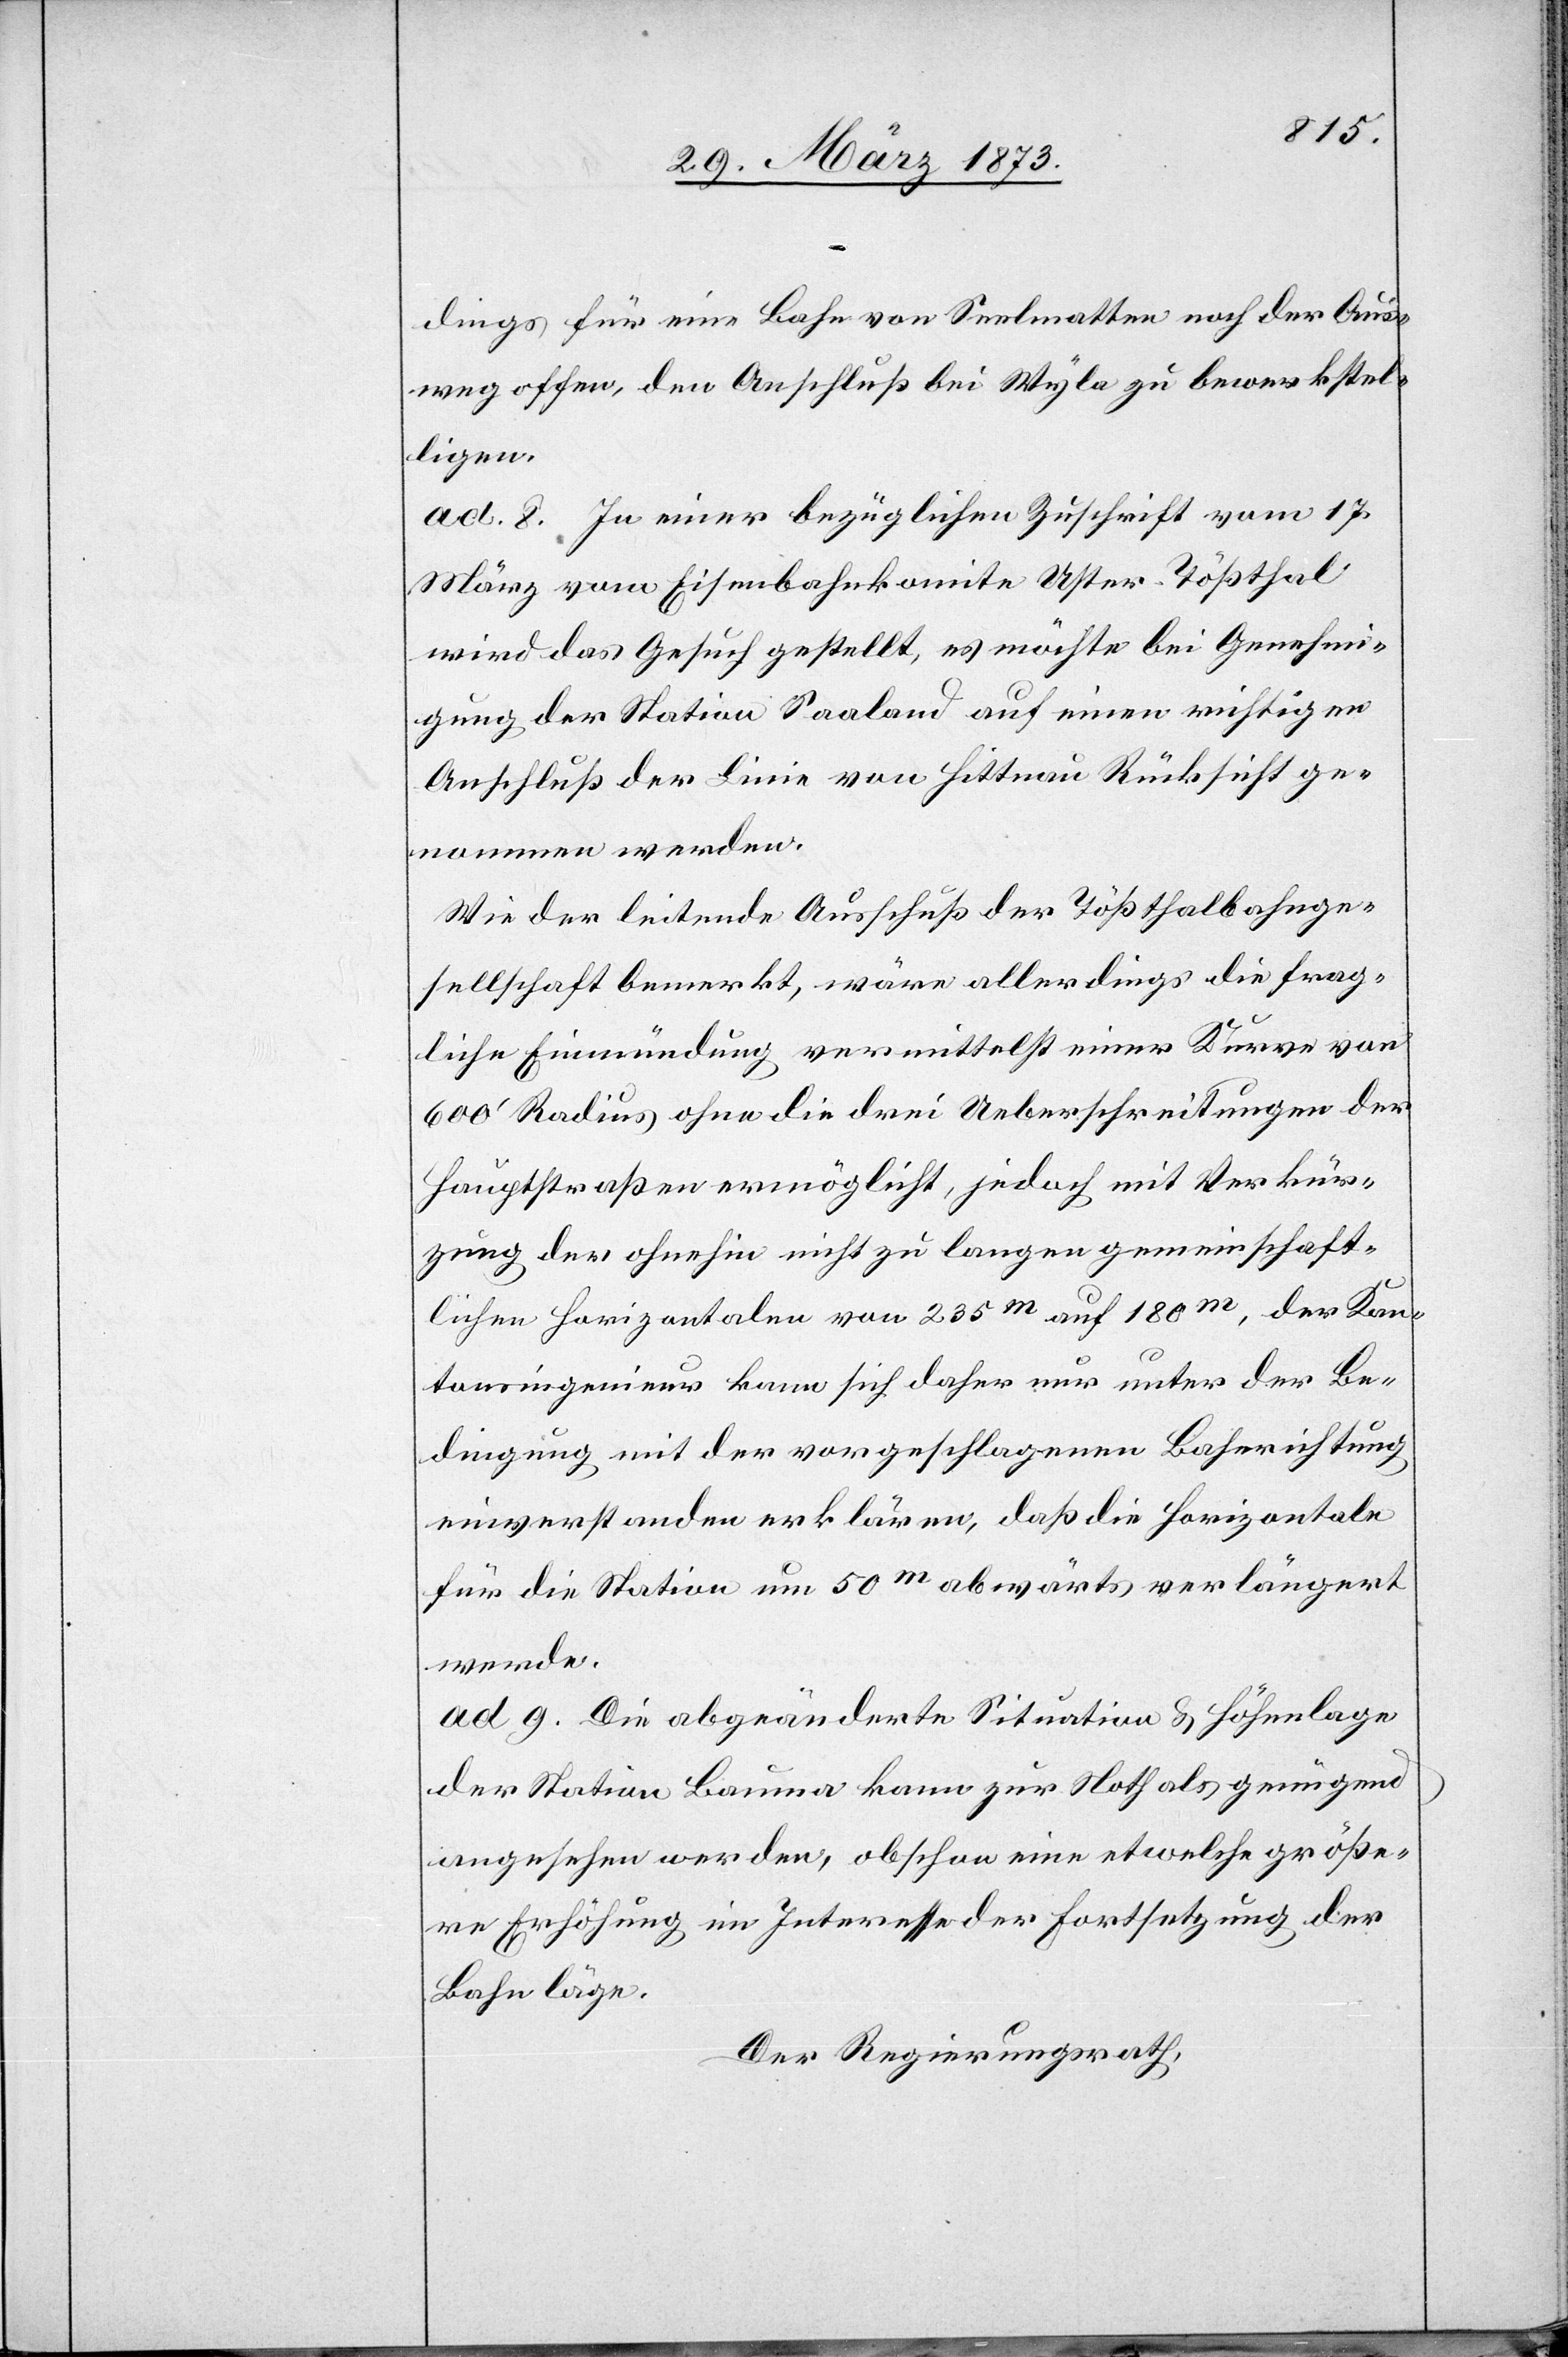
dings für eine Bahn von Seelmatten noch der Aus¬
weg offen, den Anschluß bei Wyla zu bewerkstel¬
ligen.
ad. 8. In einer bezüglichen Zuschrift vom 17.
März vom Eisenbahnkomite Uster-Tößthal
wird das Gesuch gestellt, es möchte bei Genehmi¬
gung der Station Saaland auf einen richtigen
Anschluß der Linie von Hittnau Rücksicht ge¬
nommen werden.
Wie der leitende Ausschuß der Tößthalbahnge¬
sellschaft bemerkt, wäre allerdings die frag¬
liche Einmündung vermittelst einer Kurve von
600’ Radius ohne die drei Ueberschreitungen der
Hauptstraßen ermöglicht, jedoch mit Verkür¬
zung der ohnehin nicht zu langen gemeinschaft¬
lichen horizontalen von 235m auf 180m, der Kan¬
tonsingenieur kann sich daher nur unter der Be¬
dingung mit der vorgeschlagenen Bahnrichtung
einverstanden erklären, daß die Horizontale
für die Station um 50m abwärts verlängert
werde.
ad 9. Die abgeänderte Situation u. Höhenlage
der Station Bauma kann zur Noth als genügend
angesehen werden, obschon eine etwelche größe¬
re Erhöhung im Interesse der Fortsetzung der
Bahn läge.
Der Regierungsrath,